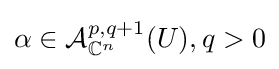
\alpha \in {\mathcal {A}}_{\mathbb {C} ^{n}}^{p,q+1}(U),q>0